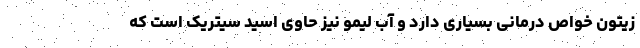
زیتون خواص درمانی بسیاری دارد و آب لیمو نیز حاوی اسید سیتریک است که